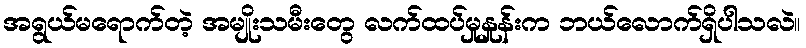
အရွယ်မရောက်တဲ့ အမျိုးသမီးတွေ လက်ထပ်မှုနှုန်းက ဘယ်လောက်ရှိပါသလဲ။